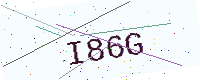
Text: I86G